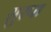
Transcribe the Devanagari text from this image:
सुरपा